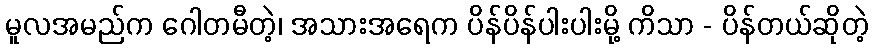
မူလအမည်က ဂေါတမီတဲ့၊ အသားအရေက ပိန်ပိန်ပါးပါးမို့ ကိသာ - ပိန်တယ်ဆိုတဲ့